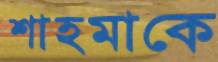
শাহমাকে